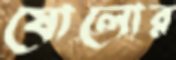
ষোলোর